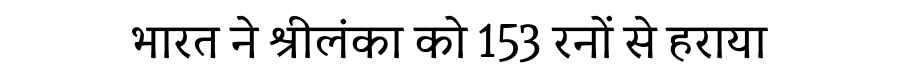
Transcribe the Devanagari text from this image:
भारत ने श्रीलंका को 153 रनों से हराया